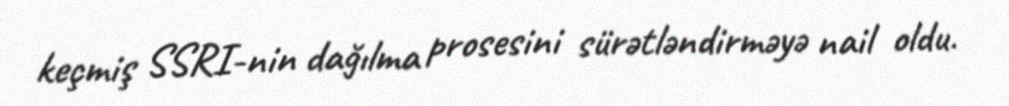
keçmiş SSRI-nin dağılma prosesini sürətləndirməyə nail oldu.